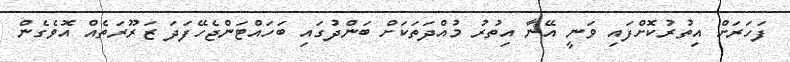
ފަހަރަށް އިތުރުކޮށްފައި ވަނީ އޭނާ އިތުރު މުއްދަތަކަށް ބަންދުގައި ބަހައްޓަންޖެހޭފަދަ ޒަރޫރަތެއް އޮވެގެން